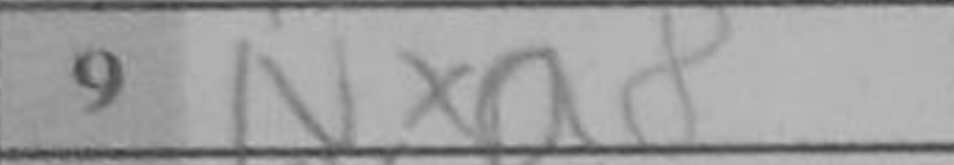
Transcription: Nxa8